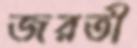
জরতী